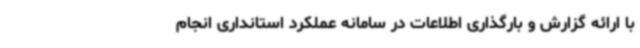
با ارائه گزارش و بارگذاری اطلاعات در سامانه عملکرد استانداری انجام